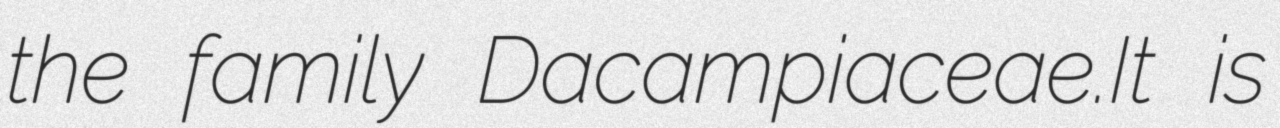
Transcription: the family Dacampiaceae.It is